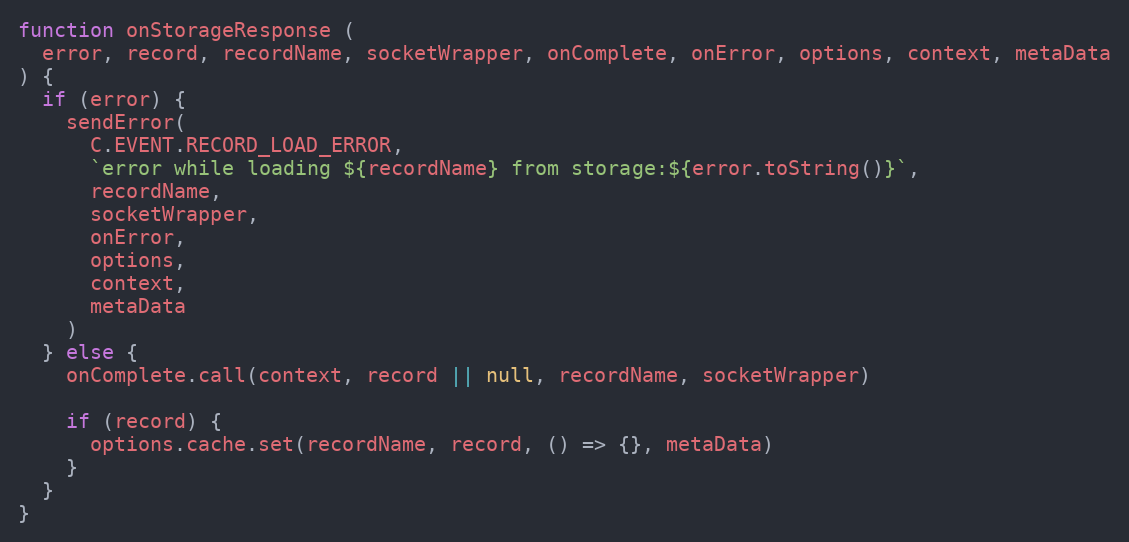
Language: JavaScript
function onStorageResponse (
  error, record, recordName, socketWrapper, onComplete, onError, options, context, metaData
) {
  if (error) {
    sendError(
      C.EVENT.RECORD_LOAD_ERROR,
      `error while loading ${recordName} from storage:${error.toString()}`,
      recordName,
      socketWrapper,
      onError,
      options,
      context,
      metaData
    )
  } else {
    onComplete.call(context, record || null, recordName, socketWrapper)

    if (record) {
      options.cache.set(recordName, record, () => {}, metaData)
    }
  }
}